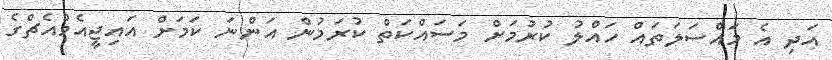
އަދި އެ މައްސަލަތައް ހައްލު ކުރުމަށް މަސައްކަތް ކުރަމުން އަންނަ ކަމަށް އައިޖީއެމްއެޗްގެ